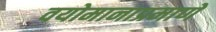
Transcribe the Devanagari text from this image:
वयोमानाप्रमाणे